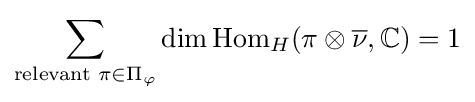
\sum _{{\text{relevant }}\pi \in \Pi _{\varphi }}\dim \operatorname {Hom} _{H}(\pi \otimes {\overline {\nu }},\mathbb {C} )=1